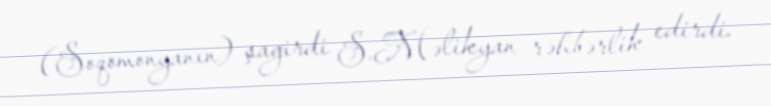
(Soqomonyanın) şagirdi S.Məlikyan rəhbərlik edirdi.